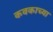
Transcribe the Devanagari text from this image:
कवकाच्या